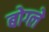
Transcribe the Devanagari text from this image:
बोग्ले